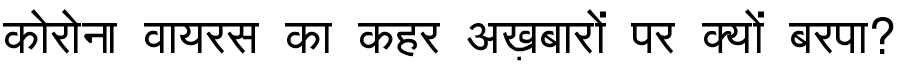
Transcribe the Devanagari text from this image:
कोरोना वायरस का कहर अख़बारों पर क्यों बरपा?